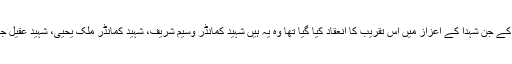
العباس عسکری سکواڈ کے جن شہدا کے اعزاز میں اس تقریب کا انعقاد کیا گیا تھا وہ یہ ہیں شہید کمانڈر وسیم شریف، شہید کمانڈر ملک یحیی، شہید عقیل جابر اور شہید قسیم خلف۔